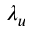
\lambda _ { u }